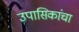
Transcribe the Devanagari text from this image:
उपासिकांचा